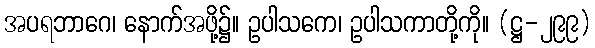
အပရဘာဂေ၊ နောက်အဖို့၌။ ဥပါသကေ၊ ဥပါသကာတို့ကို။ (ဋ္ဌ-၂၉၉)